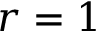
r = 1